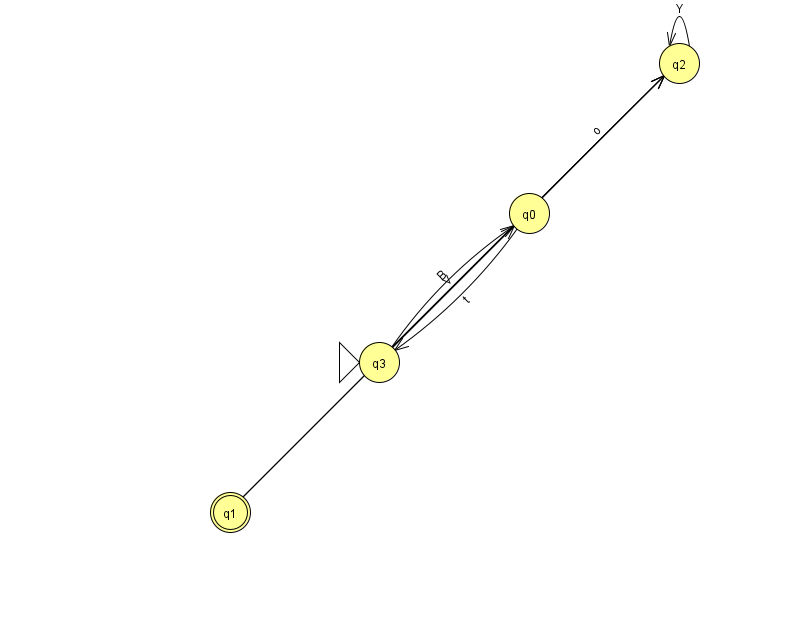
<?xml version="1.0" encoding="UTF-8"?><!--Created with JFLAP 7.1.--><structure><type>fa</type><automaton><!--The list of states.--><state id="0" name="q0"><x>529.0</x><y>200.0</y></state><state id="1" name="q1"><x>230.0</x><y>499.0</y><final/></state><state id="2" name="q2"><x>679.0</x><y>50.0</y></state><state id="3" name="q3"><x>379.0</x><y>349.0</y><initial/></state><!--The list of transitions.--><transition><from>3</from><to>0</to><read>B</read></transition><transition><from>0</from><to>2</to><read>o</read></transition><transition><from>2</from><to>2</to><read>Y</read></transition><transition><from>1</from><to>0</to><read>v</read></transition><transition><from>3</from><to>2</to><read>W</read></transition><transition><from>1</from><to>2</to><read>V</read></transition><transition><from>0</from><to>3</to><read>t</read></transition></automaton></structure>